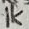
Text: 1K